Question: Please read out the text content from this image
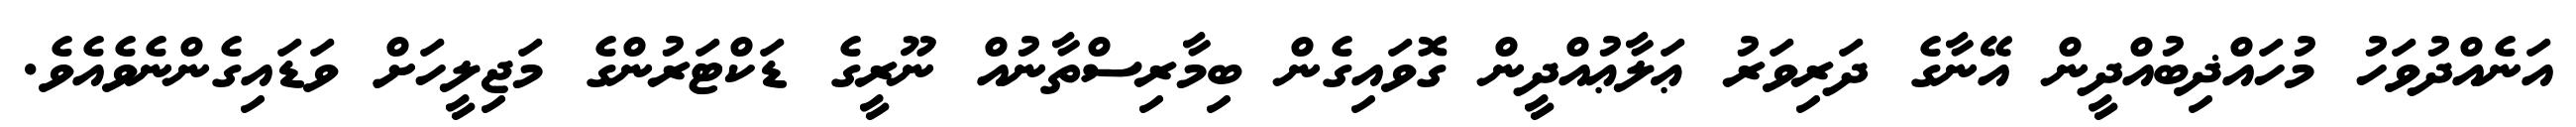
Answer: އަނެއްދުވަހު މުހައްޛިބުއްދީން އޭނާގެ ދަރިވަރު ޢަލާޢުއްދީން ގޮވައިގެން ބިމާރިސްތާނުއް ނޫރީގެ ޑަކްޓަރުންގެ މަޖިލީހަށް ވަޑައިގެންނެވެއެވެ.